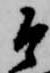
そ